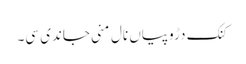
کنک دڑوپیاں نال مِنی جاندی سی۔